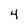
Character: 4